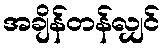
အချိန်တန်လျှင်